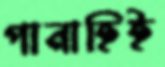
পানাহিই